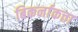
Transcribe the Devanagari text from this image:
बिकर्नाकत्ता